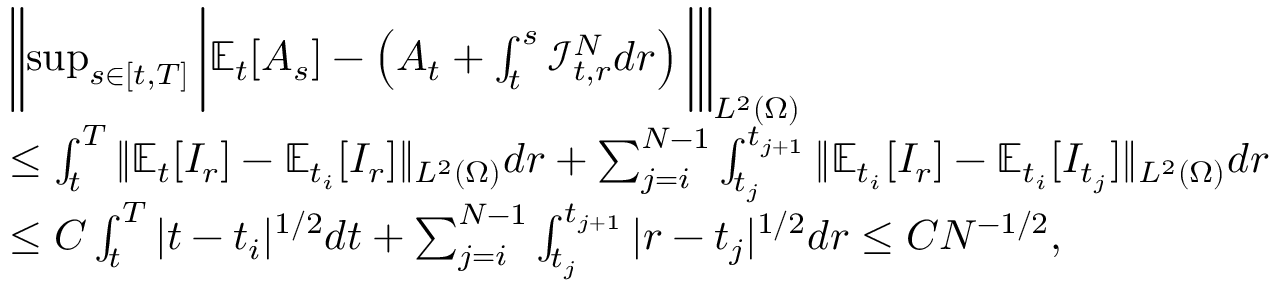
\begin{array} { r l } & { \left\| \operatorname* { s u p } _ { s \in [ t , T ] } \bigg | { \mathbb { E } } _ { t } [ A _ { s } ] - \left( A _ { t } + \int _ { t } ^ { s } \mathcal { I } _ { t , r } ^ { N } d r \right) \bigg | \right\| _ { L ^ { 2 } ( \Omega ) } } \\ & { \le \int _ { t } ^ { T } \| { \mathbb { E } } _ { t } [ I _ { r } ] - { \mathbb { E } } _ { t _ { i } } [ I _ { r } ] \| _ { L ^ { 2 } ( \Omega ) } d r + \sum _ { j = i } ^ { N - 1 } \int _ { t _ { j } } ^ { t _ { j + 1 } } \| { \mathbb { E } } _ { t _ { i } } [ I _ { r } ] - { \mathbb { E } } _ { t _ { i } } [ I _ { t _ { j } } ] \| _ { L ^ { 2 } ( \Omega ) } d r } \\ & { \le C \int _ { t } ^ { T } | t - t _ { i } | ^ { 1 / 2 } d t + \sum _ { j = i } ^ { N - 1 } \int _ { t _ { j } } ^ { t _ { j + 1 } } | r - t _ { j } | ^ { 1 / 2 } d r \le C { N } ^ { - 1 / 2 } , } \end{array}